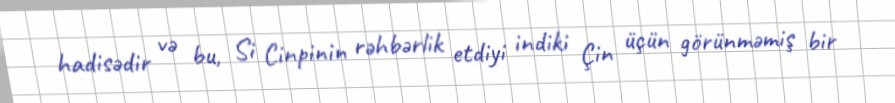
hadisədir və bu, Si Cinpinin rəhbərlik etdiyi indiki Çin üçün görünməmiş bir